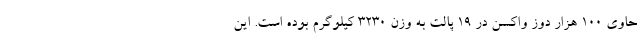
حاوی ۱۰۰ هزار دوز واکسن در ۱۹ پالت به وزن ۳۲۳۰ کیلوگرم بوده است. این